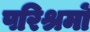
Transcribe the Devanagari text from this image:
परिश्रमों